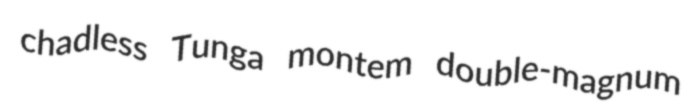
chadless Tunga montem double-magnum